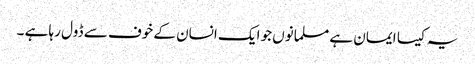
یہ کیسا ایمان ہے مسلمانوں جو ایک انسان کے خوف سے ڈول رہا ہے ۔